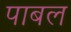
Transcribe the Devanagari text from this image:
पाबल